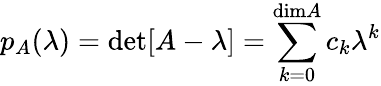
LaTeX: p_{A}(\lambda)=\operatorname*{det}[A-\lambda]=\sum_{k=0}^{\mathrm{dim}A}c_{k}\lambda^{k}